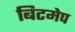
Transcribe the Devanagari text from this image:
बिटमेप